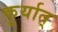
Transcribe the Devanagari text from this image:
कुर्यात्‌